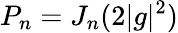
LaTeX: P_{n}=J_{n}(2|g|^{2})